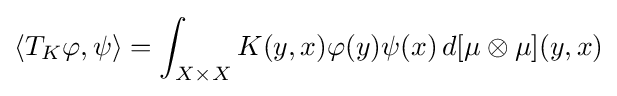
\langle T_{K}\varphi ,\psi \rangle =\int _{X\times X}K(y,x)\varphi (y)\psi (x)\,d[\mu \otimes \mu ](y,x)